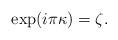
LaTeX: \begin{align*}\exp (i\pi \kappa) = \zeta.\end{align*}